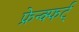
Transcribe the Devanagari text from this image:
फ्रेन्क्फर्ट्